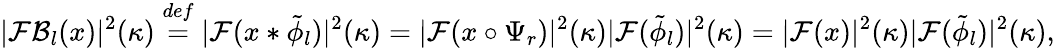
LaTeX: |\mathcal{F}\mathcal{B}_{l}(x)|^{2}(\kappa)\overset{def}{=}|\mathcal{F}(x*\tilde{\phi}_{l})|^{2}(\kappa)=|\mathcal{F}(x\circ\Psi_{r})|^{2}(\kappa)|\mathcal{F}(\tilde{\phi}_{l})|^{2}(\kappa)=|\mathcal{F}(x)|^{2}(\kappa)|\mathcal{F}(\tilde{\phi}_{l})|^{2}(\kappa),